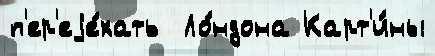
п'ер'еjе́хать  Ло́ндона Карт'и́ны